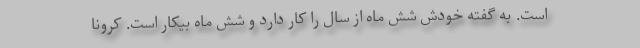
است. به گفته خودش شش ماه از سال را کار دارد و شش ماه بیکار است. کرونا